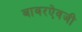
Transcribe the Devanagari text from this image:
बाबरऐवजी